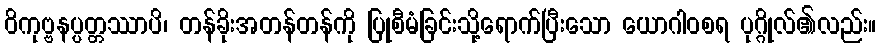
ဝိကုဗ္ဗနပ္ပတ္တဿာပိ၊ တန်ခိုးအတန်တန်ကို ပြုစီမံခြင်းသို့ရောက်ပြီးသော ယောဂါဝစရ ပုဂ္ဂိုလ်၏လည်း။